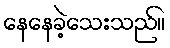
နေနေခဲ့သေးသည်။